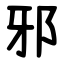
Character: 邪